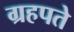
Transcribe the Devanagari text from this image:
ग्रहपते